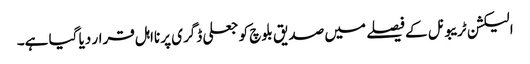
الیکشن ٹریبونل کے فیصلے میں صدیق بلوچ کو جعلی ڈگری پر نااہل قرار دیا گیا ہے۔